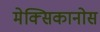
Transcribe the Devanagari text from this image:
मेक्सिकानोस